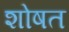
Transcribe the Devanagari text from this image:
शोषत